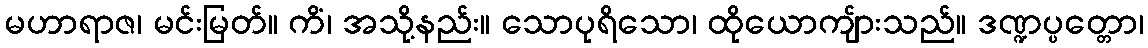
မဟာရာဇ၊ မင်းမြတ်။ ကိံ၊ အသို့နည်း။ သောပုရိသော၊ ထိုယောကျ်ားသည်။ ဒဏ္ဍပ္ပတ္တော၊